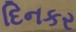
દિનકર